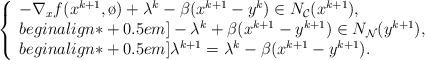
LaTeX: \begin{align*}\left\{\begin{array}{l}-\nabla_{x} f(x^{k+1},\o)+ \lambda^{k}-\beta(x^{k+1}-y^k)\in N_{\mathcal{C}}(x^{k+1}),\\begin{align*}+0.5em]-\lambda^{k}+\beta(x^{k+1}-y^{k+1})\in N_{\mathcal{N}}(y^{k+1}),\\begin{align*}+0.5em]\lambda^{k+1}=\lambda^{k}-\beta(x^{k+1}-y^{k+1}).\end{array}\right.\end{align*}